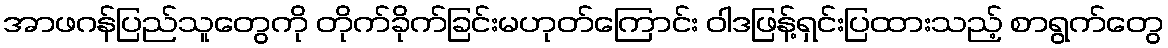
အာဖဂန်ပြည်သူတွေကို တိုက်ခိုက်ခြင်းမဟုတ်ကြောင်း ဝါဒဖြန့်ရှင်းပြထားသည့် စာရွက်တွေ